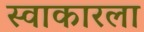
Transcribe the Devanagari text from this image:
स्वाकारला